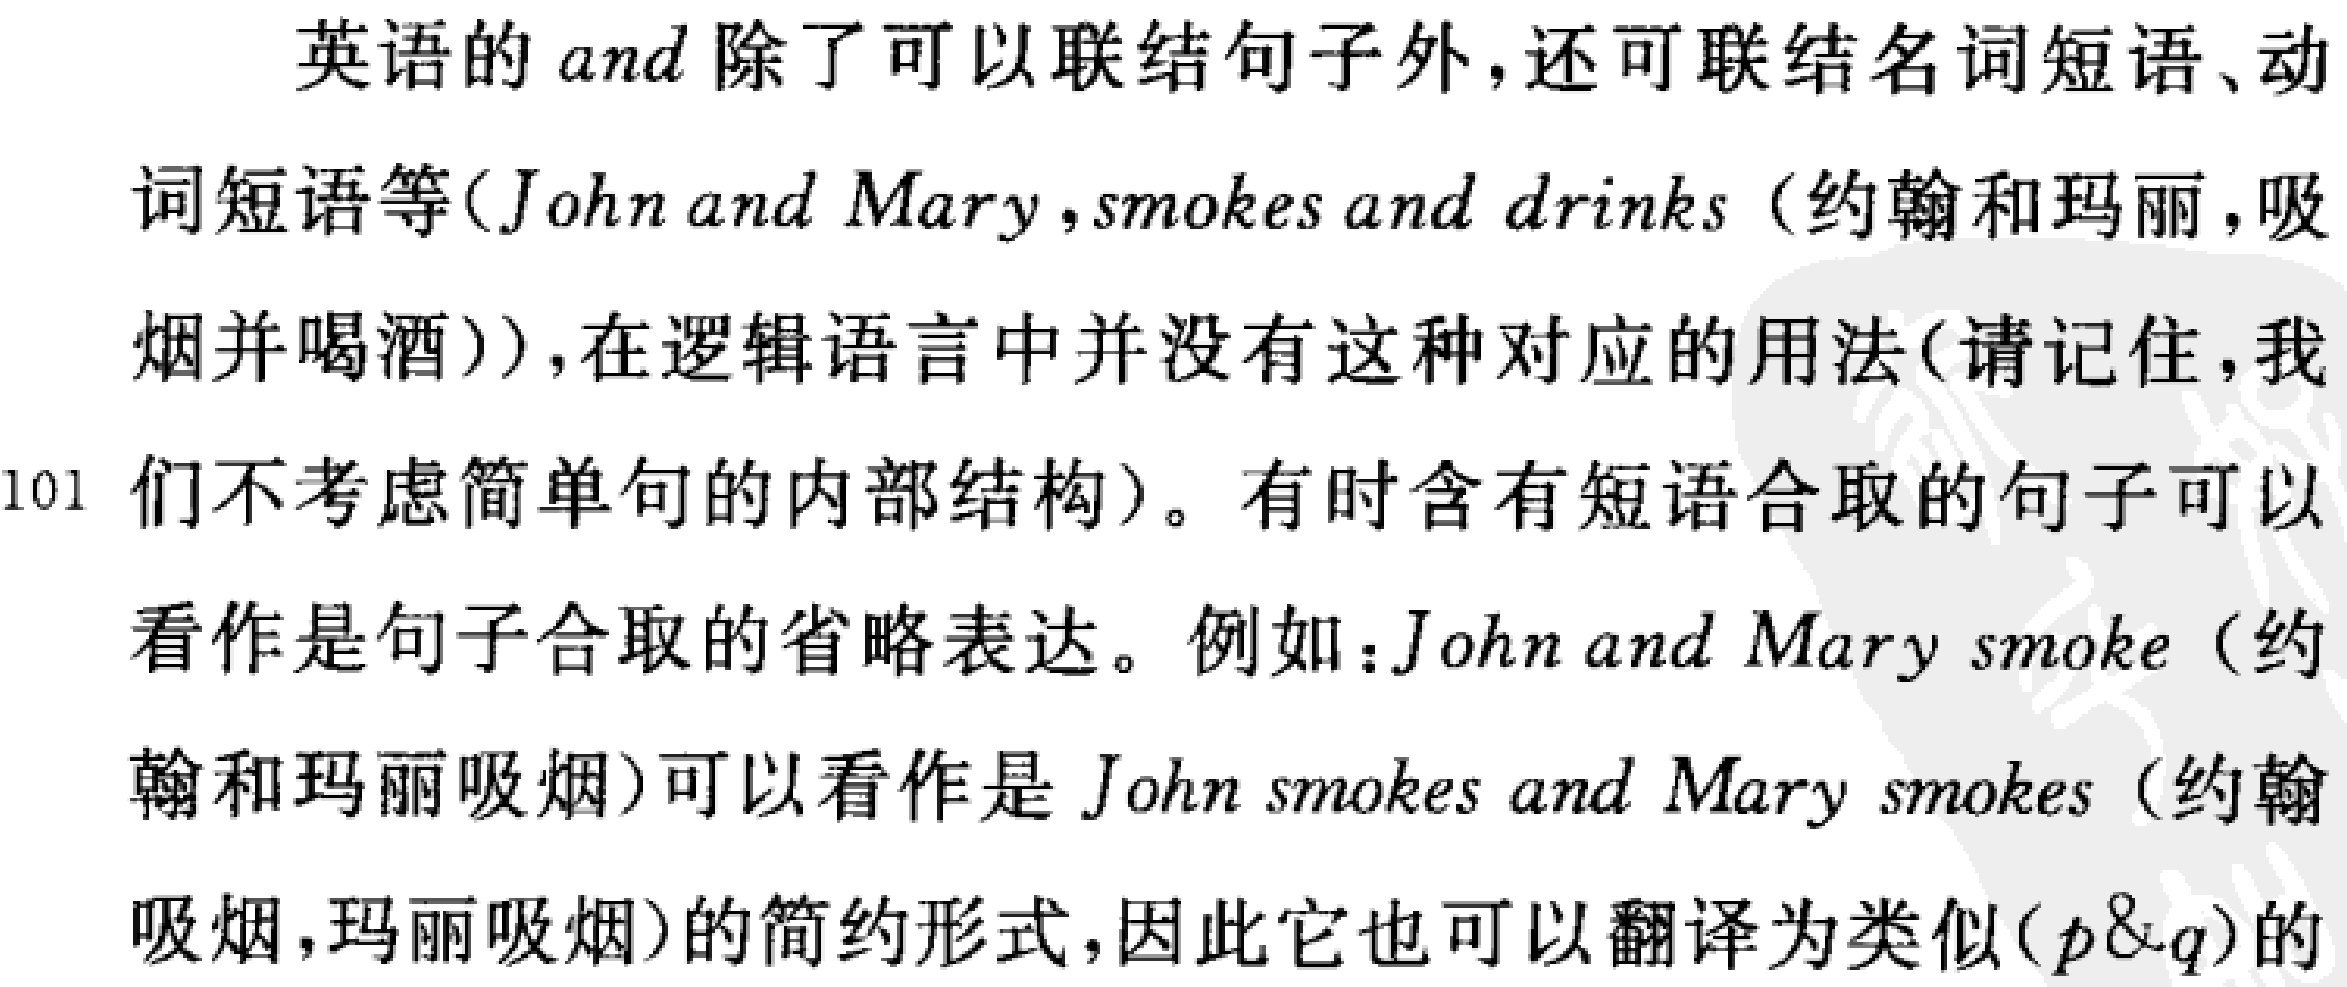
英语的$and$除了可以联结句子外,还可联结名词短语、动
词短语等（$John\ and\ Mary$, $smokes\ and\ drinks$（约翰和玛丽,吸
烟并喝酒））,在逻辑语言中并没有这种对应的用法（请记住,我
们不考虑简单句的内部结构）。有时含有短语合取的句子可以
看作是句子合取的省略表达。例如：$John\ and\ Mary\ smoke$（约
翰和玛丽吸烟）可以看作是$John\ smokes\ and\ Mary\ smokes$（约翰
吸烟,玛丽吸烟）的简约形式,因此它也可以翻译为类似$(p\&q)$的